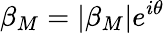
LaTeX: \beta_{M}=|\beta_{M}|e^{i\theta}